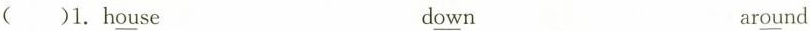
( )1. h \underline{ou}se d \underline{ow}n ar \underline{ou}nd